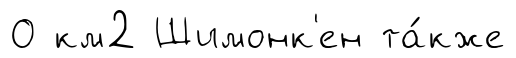
О км2 Шимонк'ен та́кже